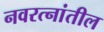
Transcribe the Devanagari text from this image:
नवरत्नांतील